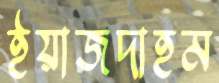
ইয়াজদাহম